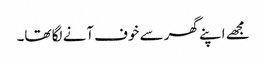
مجھے اپنے گھر سے خوف آنے لگا تھا۔